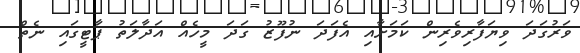
ވަރުގަދަ ވިޔަފާރިވެރިން ކަމަށާއި އެފަދަ ނުފޫޒު ގަދަ މީހެއް އަދާލަތު ޕާޓީގައި ނެތް